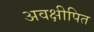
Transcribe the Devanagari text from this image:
अवक्षीपित